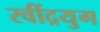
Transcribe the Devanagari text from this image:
रवींद्रयुग